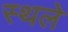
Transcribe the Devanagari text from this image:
स्थले